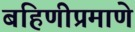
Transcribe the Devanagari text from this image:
बहिणीप्रमाणे